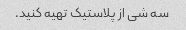
سه شی از پلاستیک تهیه کنید.